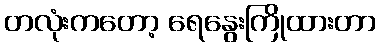
တလုံးကတော့ ရေနွေးကြိုထားတာ